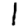
Digit: 1